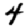
Digit: 4